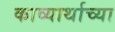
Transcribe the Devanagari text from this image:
काव्यार्थाच्या